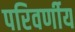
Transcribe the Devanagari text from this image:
परिवर्णीय